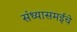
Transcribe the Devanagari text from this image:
संध्यासमईचे